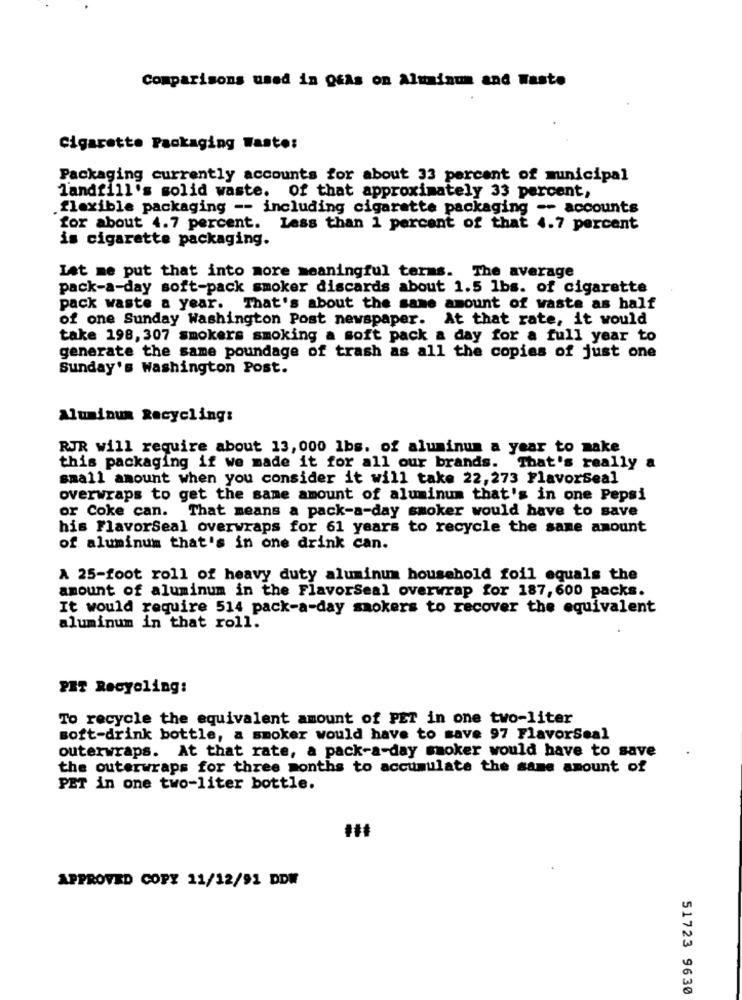
Comparisons used in ges on Aluminum and Wasto
Cigarette Packaging Wasto:
Packaging currently accounts for about 33 percent of municipal
landfill's solid waste. Of that approximately 33 percent,
flexible packaging -- including cigarette packaging -- accounts
for about 4.7 percent. Less than 1 percent of that 4.7 percent
is cigarette packaging.
Let me put that into more meaningful terms. The average
pack-a-day soft-pack smoker discards about 1.5 lbs. of cigarette
pack waste a year. That's about the same amount of waste as half
of one Sunday Washington Post newspaper. At that rate, it would
take 198, 307 smokers smoking a soft pack a day for a full year to
generate the same poundage of trash as all the copies of just one
Sunday's Washington Post.
Aluminum Recycling:
RJR will require about 13, 000 1bs. of aluminum a year to make
this packaging if we made it for all our brands. That's really a
small amount when you consider it will take 22, 273 Flavorseal
overwraps to get the same amount of aluminum that's in one Pepsi
or Coke can. That means a pack-a-day smoker would have to save
his FlavorSeal overwraps for 61 years to recycle the same amount
of aluminum that's in one drink can.
A 25-foot roll of heavy duty aluminum household foil equals the
amount of aluminum in the FlavorSeal overwrap for 187, 600 packs.
It would require 514 pack-a-day smokers to recover the equivalent
aluminum in that roll.
PET Recycling:
To recycle the equivalent amount of PET in one two-liter
soft-drink bottle, a smoker would have to save 97 FlavorSeal
outerwraps. At that rate, a pack-a-day smoker would have to save
the outerwraps for three months to accumulate the same amount of
PET in one two-liter bottle.
APPROVED COPY 11/12/91 DDW
51723 9630